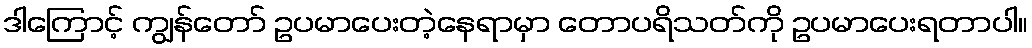
ဒါကြောင့် ကျွန်တော် ဥပမာပေးတဲ့နေရာမှာ တောပရိသတ်ကို ဥပမာပေးရတာပါ။